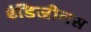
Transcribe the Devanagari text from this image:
इंडिजीनस